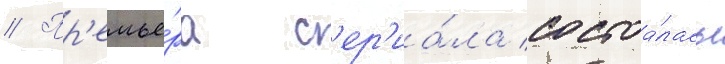
// Пр'емье́ра с'ер'иа́ла состоа́лась